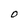
Character: O